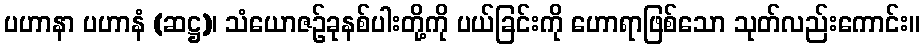
ပဟာနာ ပဟာနံ (ဆဋ္ဌ)၊ သံယောဇဉ်ခုနစ်ပါးတို့ကို ပယ်ခြင်းကို ဟောရာဖြစ်သော သုတ်လည်းကောင်း။